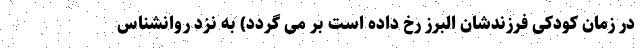
در زمان کودکی فرزندشان البرز رخ داده است بر می گردد) به نزد روانشناس